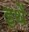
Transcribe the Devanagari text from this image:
इथें